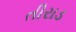
તીરાડ